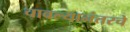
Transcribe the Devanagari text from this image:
चावल्यानंतरचे